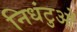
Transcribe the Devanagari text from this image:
निधंटुओं